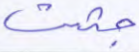
جئت